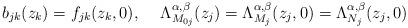
LaTeX: \begin{align*}b_{jk}(z_k)=f_{jk}(z_k,0),\,\,\,\,\,\,\, \Lambda_{M_{0j}}^{\alpha,\beta}(z_j)=\Lambda_{M_j}^{\alpha,\beta}(z_j,0)=\Lambda_{N_j}^{\alpha,\beta}(z_j,0)\end{align*}